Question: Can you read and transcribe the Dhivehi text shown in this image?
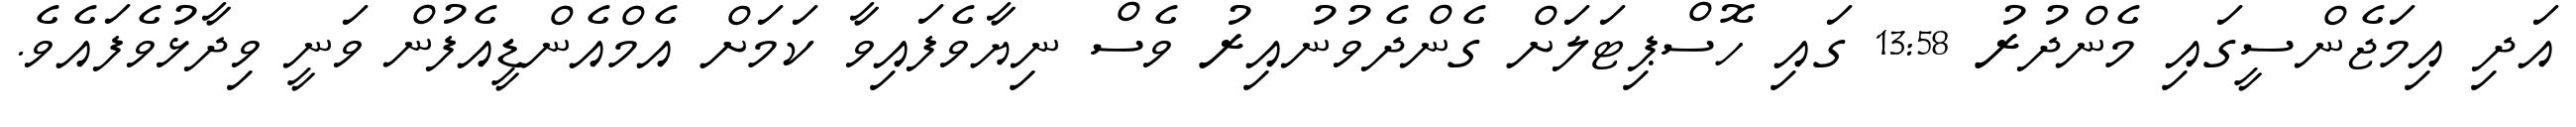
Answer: އަދި އިމަޖެންސީގައި މެންދުރު 13:58 ގައި ހޮސްޕިޓަލަށް ގެންދެވުނުއިރު ވެސް ނިޔާވެފައިވާ ކަމަށް އެމްއެންޑީއެފުން ވަނީ ވިދާޅުވެފައެވެ.